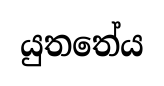
යුතතේය